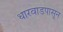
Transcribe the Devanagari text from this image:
धारवाडपासून